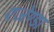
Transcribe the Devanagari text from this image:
एजेण्‍डा